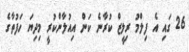
26 ގައި އެ ފިލްމު ރިލީޒް ކުރާނެ ކަން އިއުލާންކުރީ މިދިޔަ ހަފުތާގެ